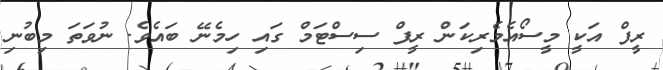
ރީފް އަކީ މީސޯއެމެރިކަން ރީފް ސިސްޓަމް ގައި ހިމެނޭ ބައެވެ. ނުވަތަ މިބުނި